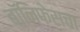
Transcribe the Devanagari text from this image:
बॉनिफेसचा